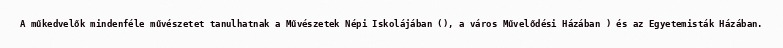
A műkedvelők mindenféle művészetet tanulhatnak a Művészetek Népi Iskolájában (), a város Művelődési Házában ) és az Egyetemisták Házában.